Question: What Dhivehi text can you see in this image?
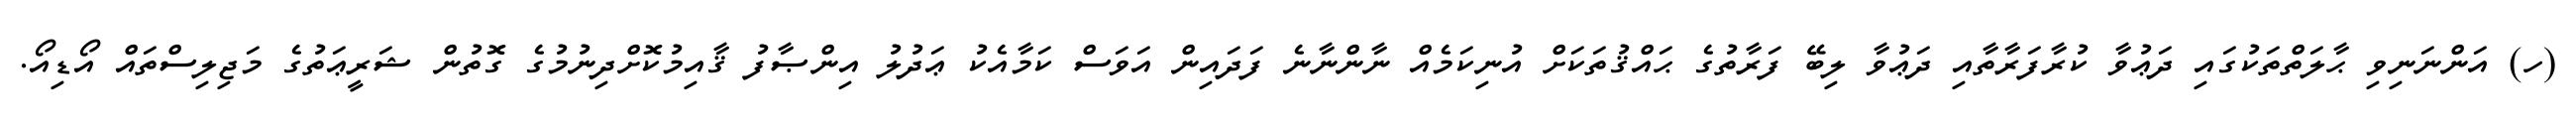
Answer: (ހ) އަންނަނިވި ޙާލަތްތަކުގައި ދަޢުވާ ކުރާފަރާތާއި ދަޢުވާ ލިބޭ ފަރާތުގެ ޙައްޤުތަކަށް އުނިކަމެއް ނާންނާނެ ފަދައިން އަވަސް ކަމާއެކު ޢަދުލު އިންޞާފު ޤާއިމުކޮށްދިނުމުގެ ގޮތުން ޝަރީޢަތުގެ މަޖިލިސްތައް އޯޑިއޯ.